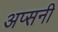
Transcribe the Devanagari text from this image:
अप्सनी